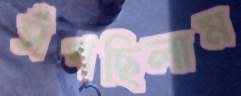
সঁপছিলাম